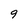
Character: 9